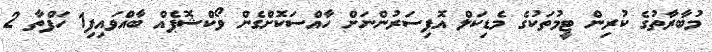
މުބާރާތުގެ ކުރިން ޓީމުތަކުގެ މެޑިކަލް އޮފިސަރުންނަށް ހާއްސަކޮށްގެން ވޯކްޝޮޕެއް ބާއްވައިފި1 ހަފްތާ 2